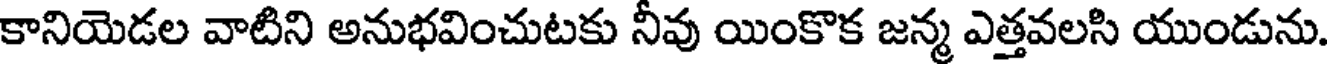
కానియెడల వాటిని అనుభవించుటకు నీవు యింకొక జన్మ ఎత్తవలసి యుండును.